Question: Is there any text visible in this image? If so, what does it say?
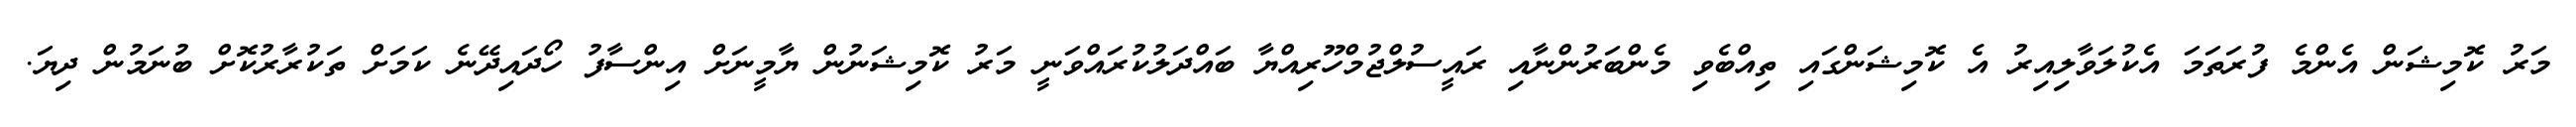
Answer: މަރު ކޮމިޝަން އެންމެ ފުރަތަމަ އެކުލަވާލިއިރު އެ ކޮމިޝަންގައި ތިއްބެވި މެންބަރުންނާއި ރައީސުލްޖުމްހޫރިއްޔާ ބައްދަލުކުރައްވަނީ މަރު ކޮމިޝަނުން ޔާމީނަށް އިންސާފު ހޯދައިދޭނެ ކަމަށް ތަކުރާރުކޮށް ބުނަމުން ދިޔަ.